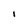
Character: I